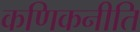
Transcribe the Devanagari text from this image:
कणिकनीति